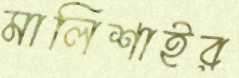
মালিশাইর